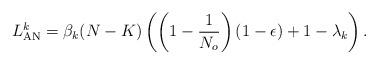
LaTeX: \begin{align*}L^k_{\rm AN}=\beta_k (N-K)\left(\left(1-\frac{1}{N_o}\right)\left(1-\epsilon\right)+1-\lambda_k\right).\end{align*}